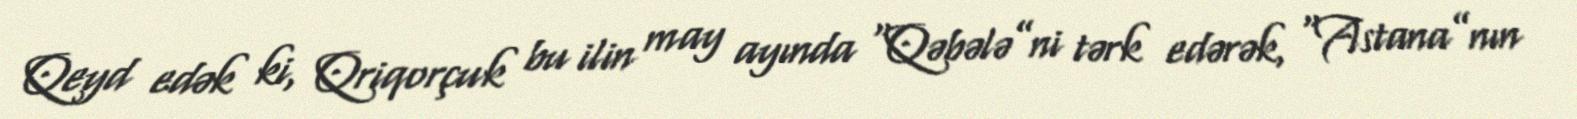
Qeyd edək ki, Qriqorçuk bu ilin may ayında “Qəbələ”ni tərk edərək, “Astana”nın